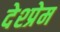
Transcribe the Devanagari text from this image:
देश्प्रेम